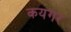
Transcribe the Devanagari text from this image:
कयगर